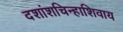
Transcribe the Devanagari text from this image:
दशांशचिन्हाशिवाय